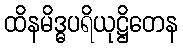
ထိနမိဒ္ဓပရိယုဋ္ဌိတေန